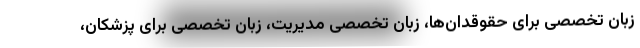
زبان تخصصی برای حقوقدان‌ها، زبان تخصصی مدیریت، زبان تخصصی برای پزشکان،